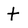
Character: t